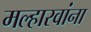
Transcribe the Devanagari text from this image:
मल्हारवांना